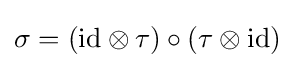
\sigma =(\mathrm {id} \otimes \tau )\circ (\tau \otimes \mathrm {id} )